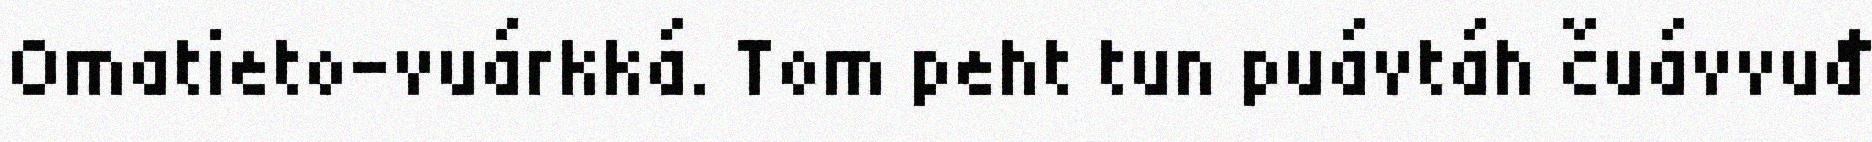
Omatieto-vuárkká. Tom peht tun puávtáh čuávvuđ